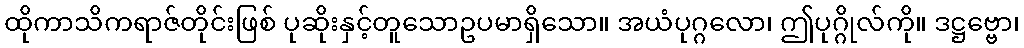
ထိုကာသိကရာဇ်တိုင်းဖြစ် ပုဆိုးနှင့်တူသောဥပမာရှိသော။ အယံပုဂ္ဂလော၊ ဤပုဂ္ဂိုလ်ကို။ ဒဋ္ဌဗ္ဗော၊